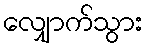
လျှောက်သွား